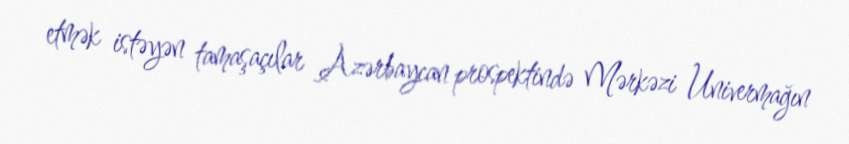
etmək istəyən tamaşaçılar Azərbaycan prospektində Mərkəzi Univermağın